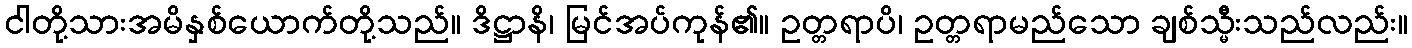
ငါတို့သားအမိနှစ်ယောက်တို့သည်။ ဒိဋ္ဌာနိ၊ မြင်အပ်ကုန်၏။ ဥတ္တရာပိ၊ ဥတ္တရာမည်သော ချစ်သ္မီးသည်လည်း။